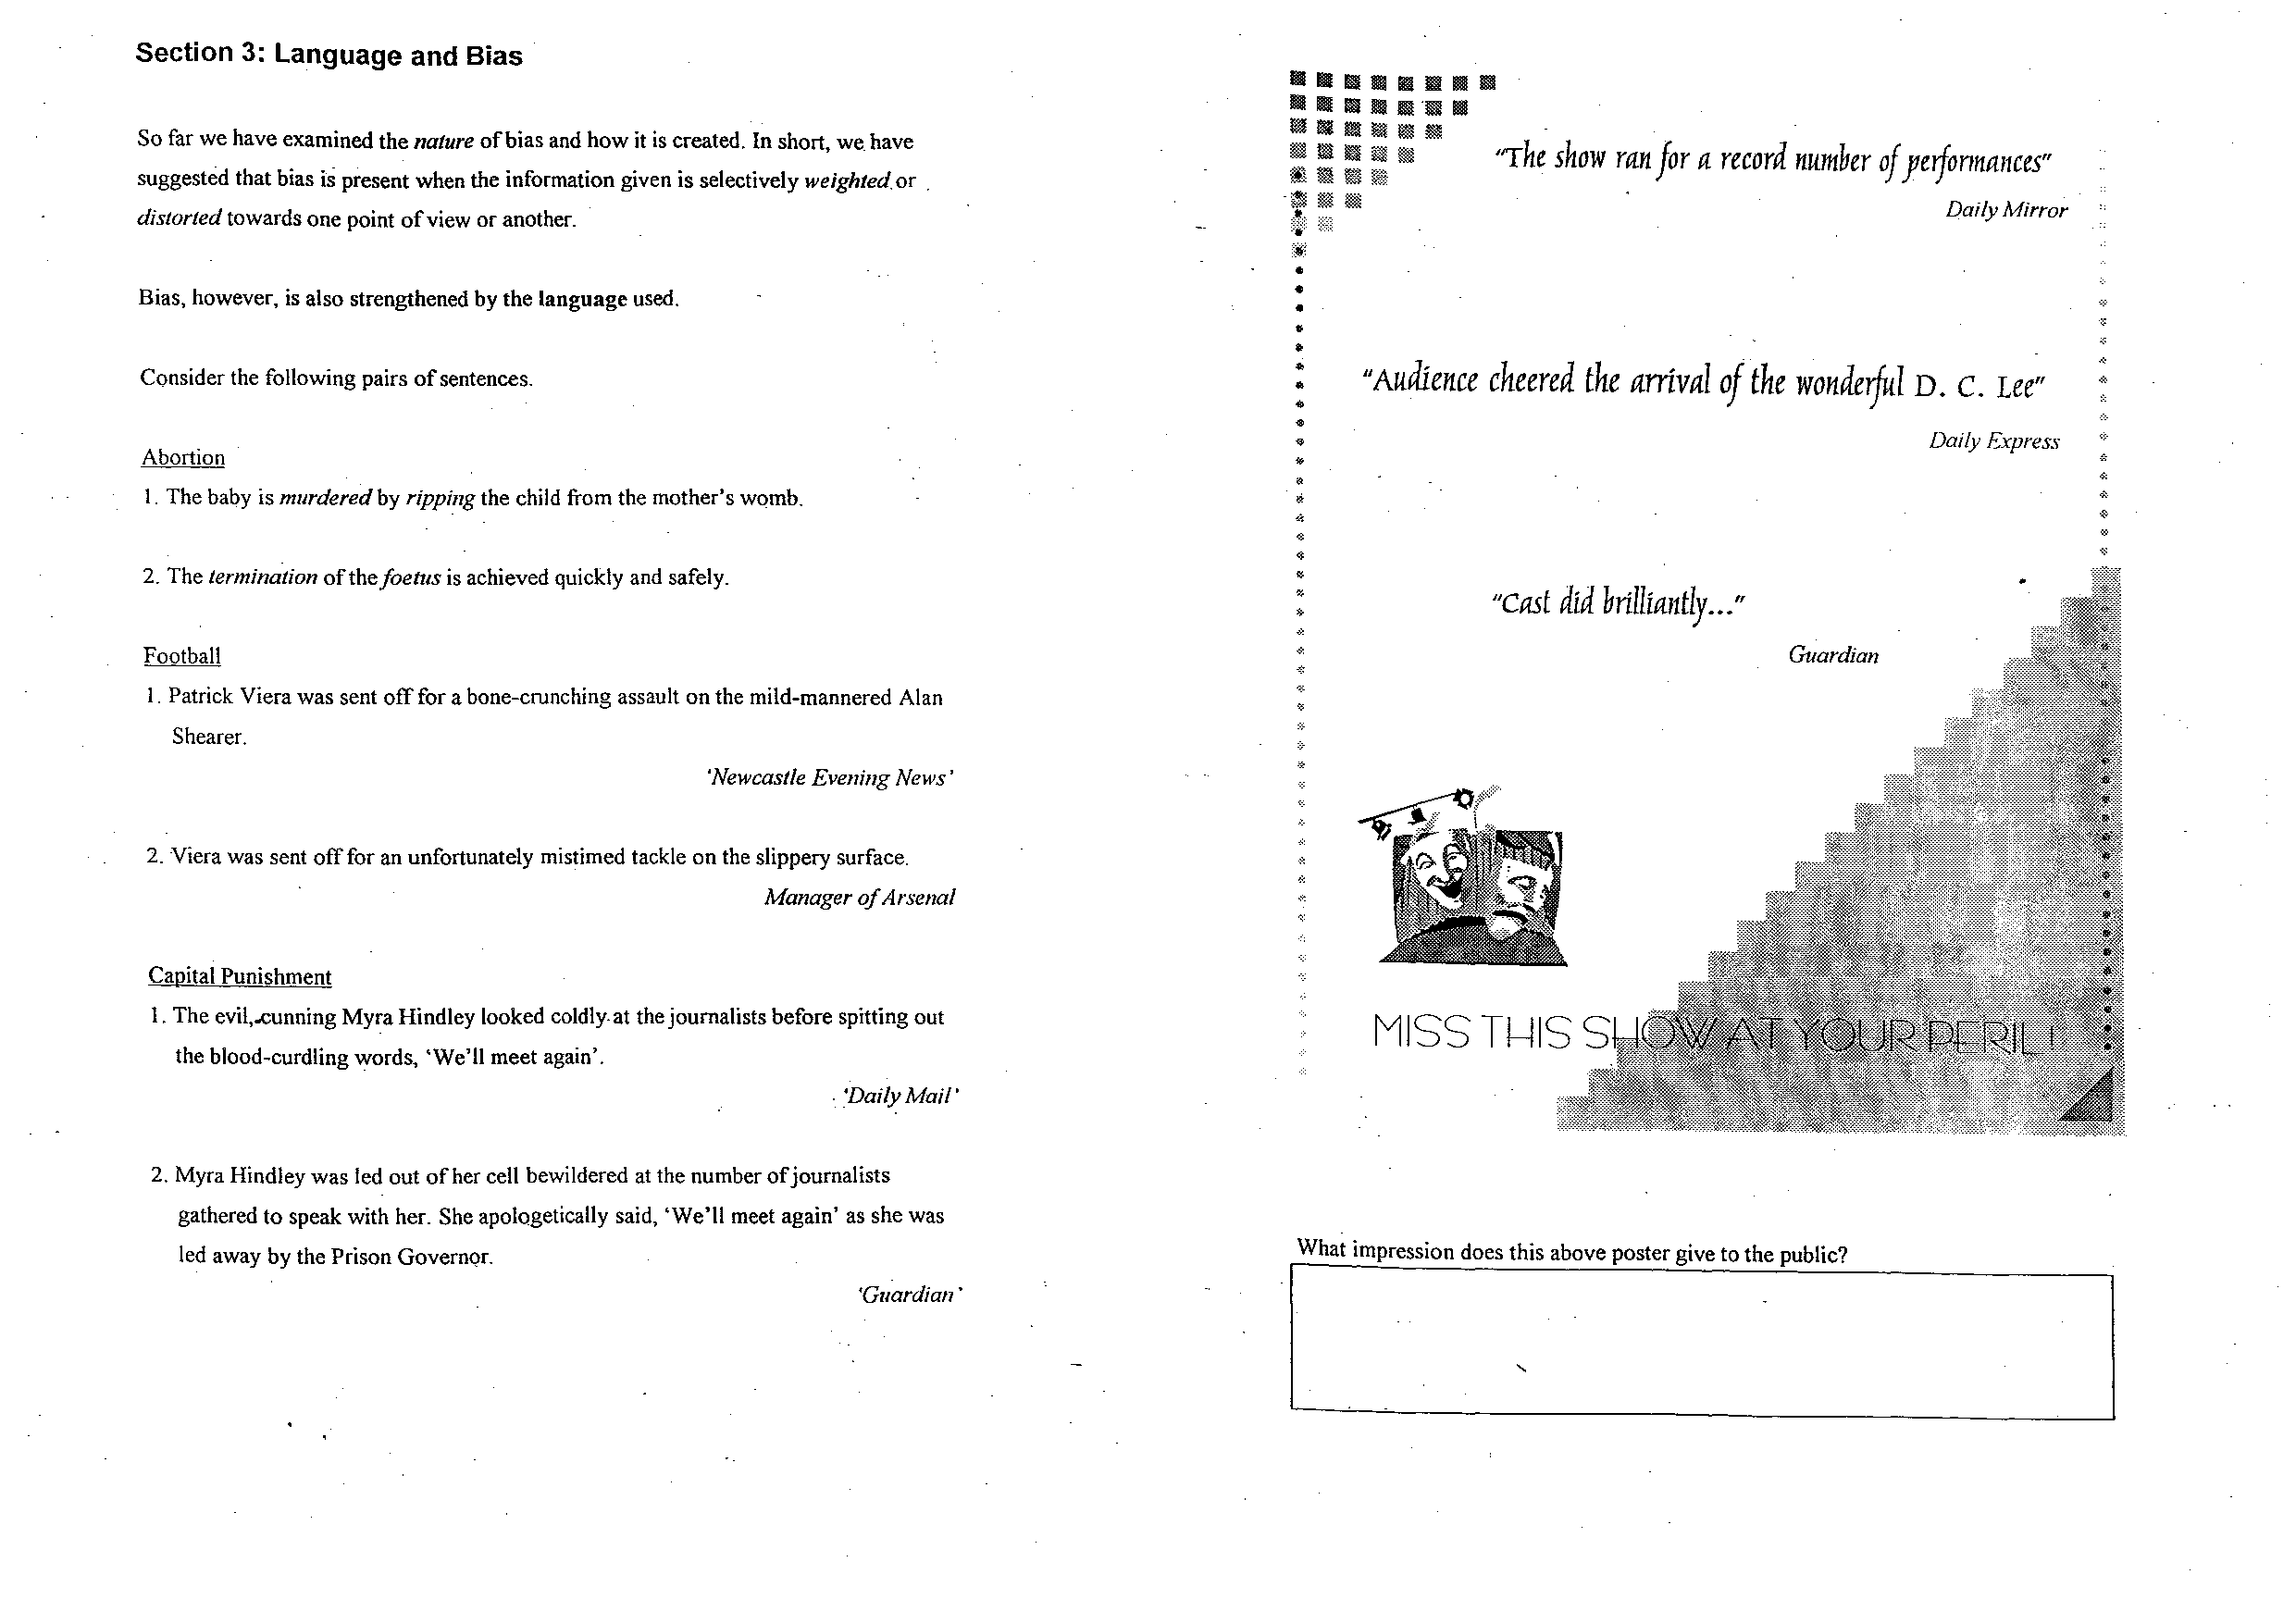
Section 3: Language and Bias
 1111 1111 1111 11111 1111 11 1111 11111
 II II IIJI II a·mi Iii
 • • ~ m m ~
 So far we have examined the nature of bias and how it is created. In short, we_ have
 ~        "The show ran for a record number of yeifo nnances"
 ; : :  @
 suggested that bias is present when the information given is selectively weighted_ or _
 Daily Mirror
 distorted towards one point of view or another.
 •
 •
 Bias, however, is also strengthened by the language used.
 •..
 •
 Consider the following pairs of sentences.                                        "'   "Audi.ence cheered the arrival of the wonderful D. c. Lee"
 <II,
 •
 •
 •                                            Daily Express ·:::-
 Abortion                                                                          •
 -:=:
 *
 1. The baby is murdered by ripping the child from the mother's womb.
 ·=:=·
 2. The termination of the foetus is achieved quickly and safely.
 "Cast dtd brtlltantly ... "
 Football                                                                                                             Guardian
 1. Patrick Viera was sent off for a bone-crunching assault on the mild-mannered Alan
 Shearer.
 'Newcastle Evening News'
 2. Viera was sent off for an unfortunately mistimed tackle on the slippery surface.
 Manager ofA rsenal                    -:-:
 Capital Punishment
 1. The evil,..cunning Myra Hindley looked coldly.at the journalists before spitting out
 the blood-curdling \Y'Ords, 'We'll meet again'.
 _ -_'Daily Alai!'
 2. Myra Hindley was led out of her cell bewildered at the number ofj ournalists
 gathered to speak with her. She apologetically said, 'We'll meet again' as she was
 led away by the Prison Governor.                                                What impression does this above poster give to the public?
 'Guardian'